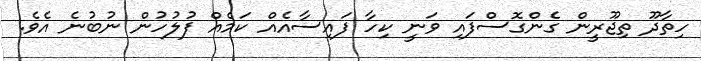
ހިތާދޫ ތިޖޫރީން ގެންގޮސްފައި ވަނީ ކިހާ ފައިސާއެއް ކަމެއް ފުލުހުން ނުބުނެ އެވެ.